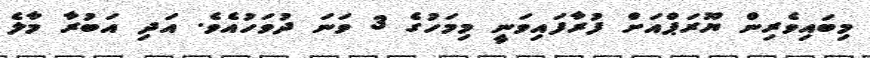
މިބައިވެރިން ޔޫރަޕްއަށް ފުރާފައިވަނީ މިމަހުގެ 3 ވަނަ ދުވަހުއެވެ. އަދި އަބުރާ މާލެ